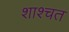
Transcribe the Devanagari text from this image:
शाश्चत